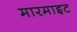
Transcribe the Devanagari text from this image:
मारमाइट